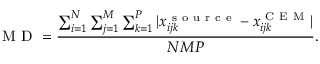
\textmd { M D } = \frac { \sum _ { i = 1 } ^ { N } \sum _ { j = 1 } ^ { M } \sum _ { k = 1 } ^ { P } | x _ { i j k } ^ { \mathrm { ~ s ~ o ~ u ~ r ~ c ~ e ~ } } - x _ { i j k } ^ { \mathrm { ~ C ~ E ~ M ~ } } | } { N M P } .